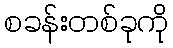
စခန်းတစ်ခုကို